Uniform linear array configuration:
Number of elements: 16
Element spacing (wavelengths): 0.75
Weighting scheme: binomial
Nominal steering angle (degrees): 15
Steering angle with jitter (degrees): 14.097
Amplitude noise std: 0.05
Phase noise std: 0.05

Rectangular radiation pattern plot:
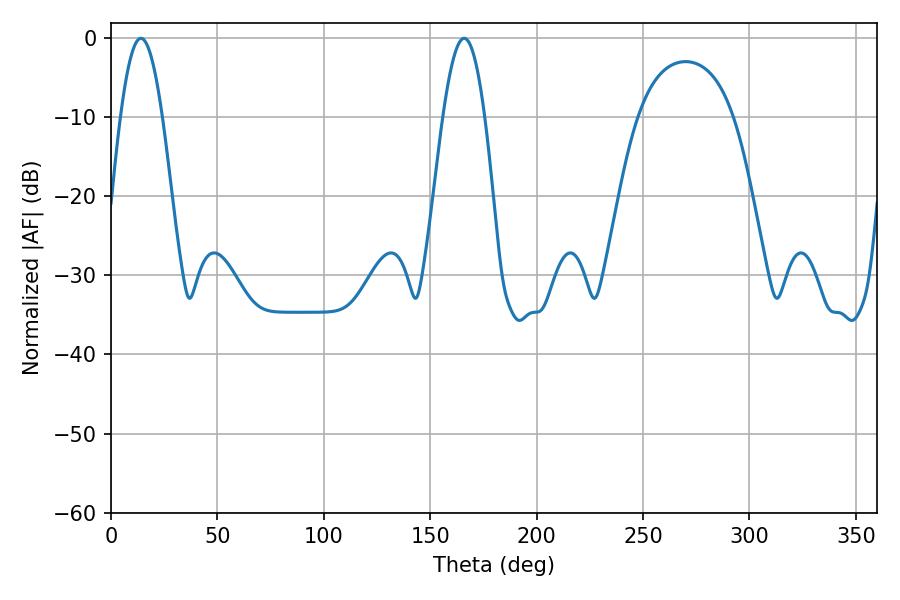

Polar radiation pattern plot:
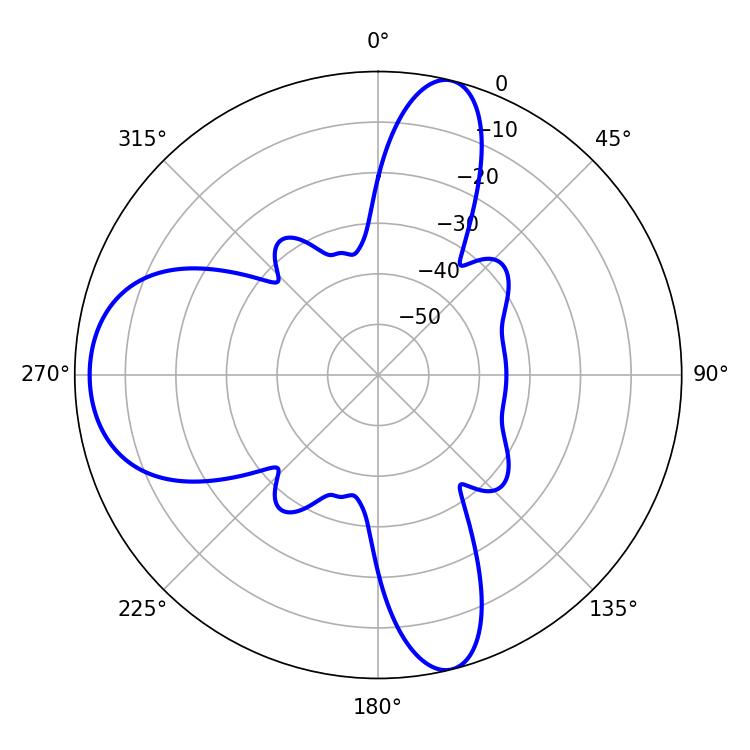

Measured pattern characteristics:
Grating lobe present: TRUE
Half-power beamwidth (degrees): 10.62
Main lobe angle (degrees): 14.04